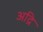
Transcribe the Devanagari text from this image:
अद्रि